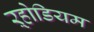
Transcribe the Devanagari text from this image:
ऱ्होडियम